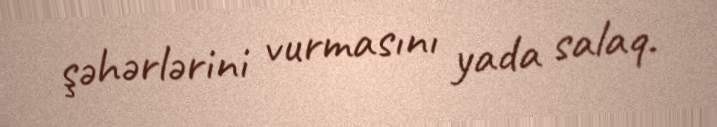
şəhərlərini vurmasını yada salaq.